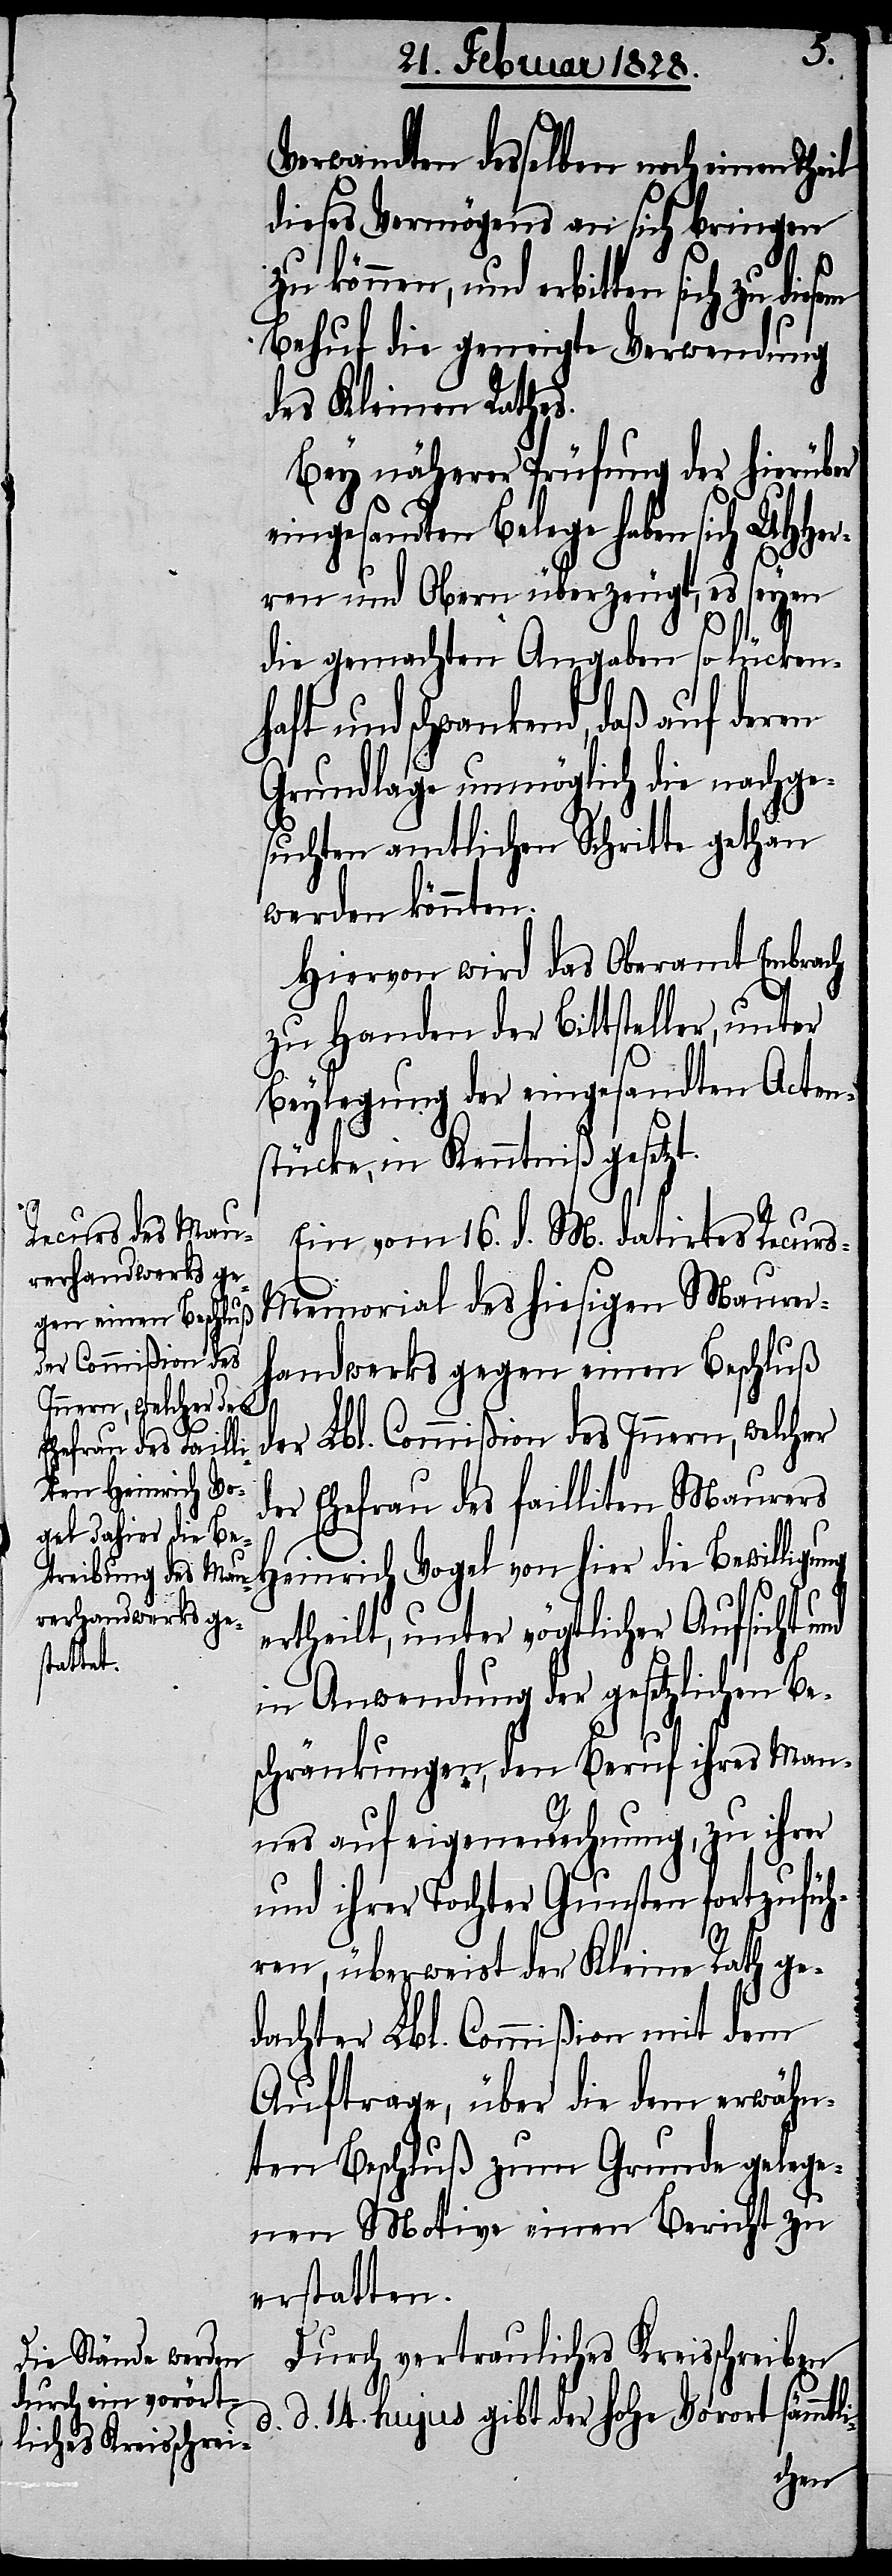
Verwandten desselben noch einen The¬
dieses Vermögens an sich bringen
zu können, und erbitten sich zu
Behuf die geneigte Verwendung
des Kleinen Rathes.
Bey näherer Prüfung der hierüber
ege haben sich UHHer¬
ren und Obern überzeugt, es seyen
t.
die gemachten Angaben so lückenh¬
aft und schwankend, daß auf deren
Grundlage unmöglich die nachge¬
suchten amtlichen Schritte gethan
werden könnten.
Hiervon wird das Oberamt Embrach
zu Handen der Bittsteller, unter
Beylegung der eingesandten Acten¬
stücke, in Kenntniß gesetz¬
Ein vom 16. d. M. datirtes Recur¬
s-Memorial des hiesigen Mauer¬
handwerks gegen einen Beschluß
d.
der Lbl. Commißion des Innern, welcher
der Ehefrau des failliten Maurers
Heinrich Vogel von hier die Bewilligung
ertheilt, unter vögtlicher Aufsicht und
in Anwendung der gesetzlichen Be¬
schränkungen, den Beruf ihres Man¬
nes auf eigene Rechnung, zu ihrer
und ihrer Tochter Gunsten fortzufüh¬
ren, überweist der Kleine Rath ge¬
dachter Lbl. Commißion mit dem
Auftrage, über die dem erwähn¬
ten Beschluß zum Grunde gelege¬
nen Motive einen Bericht zu
erstatten.
Durch vertrauliches Kreisschreiben
d. 14. hujus gibt der hohe Vorort sämmtli-